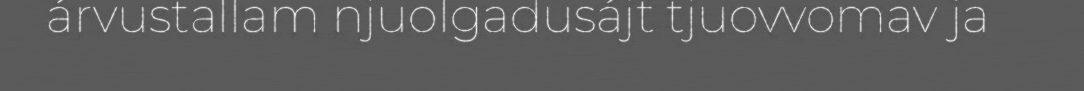
árvustallam njuolgadusájt tjuovvomav ja